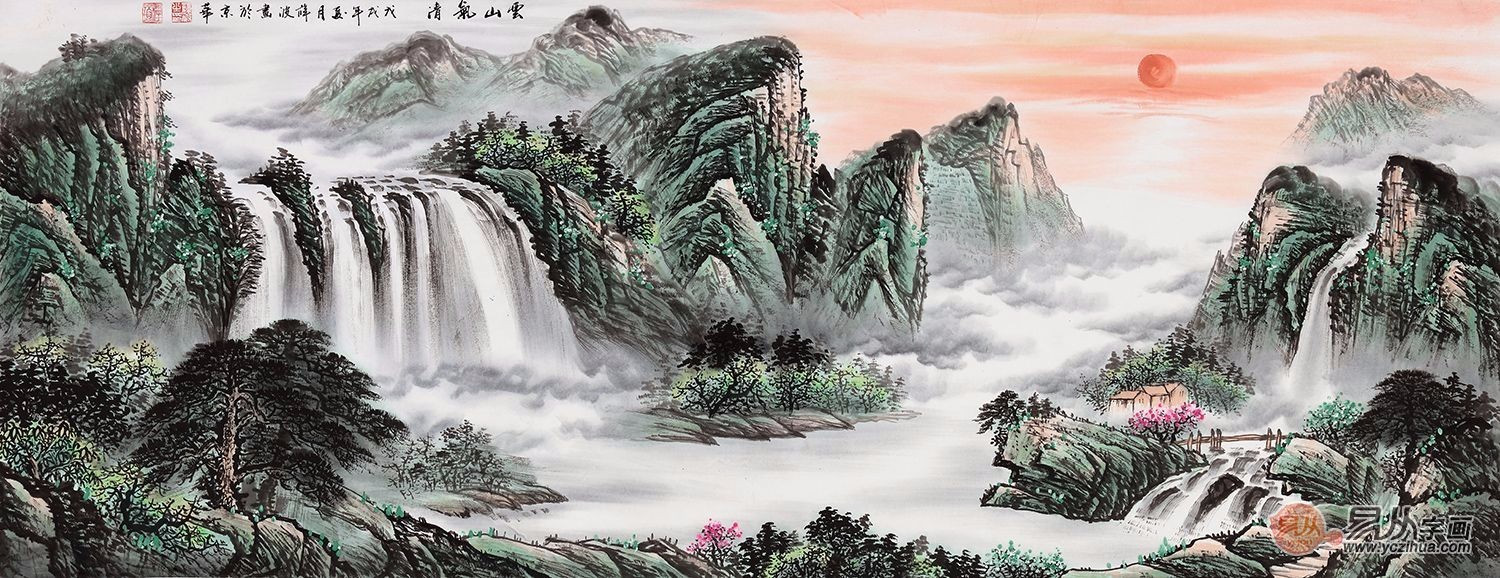
深涧饮渴虹，邃河生秋雷。